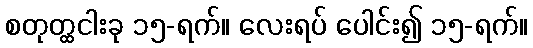
စတုတ္ထငါးခု ၁၅-ရက်။ လေးရပ် ပေါင်း၍ ၁၅-ရက်။